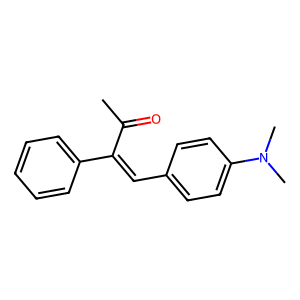
SMILES: CC(=O)C(=Cc1ccc(N(C)C)cc1)c1ccccc1
Inhibits HIV replication: No